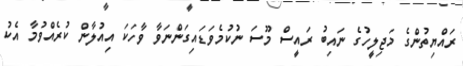
ރައްޔިތުންގެ މަޖިލީހުގެ ނައިބު ރައީސް މޫސަ ނުކުމެވަޑައިގަންނަވާ ވާހަކަ އިއުލާން ކުރެއްވުމާ އެކު